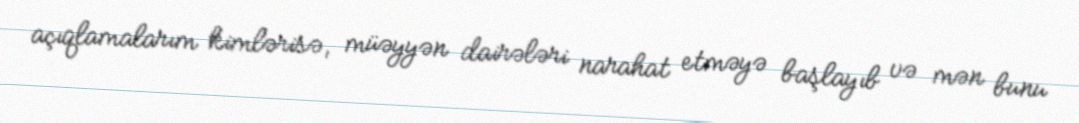
açıqlamalarım kimlərisə, müəyyən dairələri narahat etməyə başlayıb və mən bunu